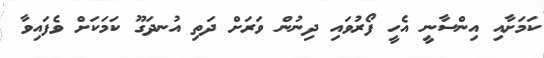
ކަމަށާއި އިންސާނީ އެހީ ފޯރުވައި ދިނުން ވަރަށް ދަތި އުނދަގޫ ކަމަކަށް ވެފައިވާ